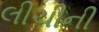
લીચીની